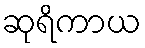
ဆုရိကာယ